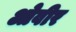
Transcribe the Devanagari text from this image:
ओवीर